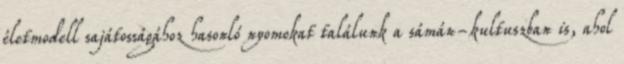
életmodell sajátosságához hasonló nyomokat találunk a sámán-kultuszban is, ahol